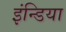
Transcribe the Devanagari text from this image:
इंन्डिया